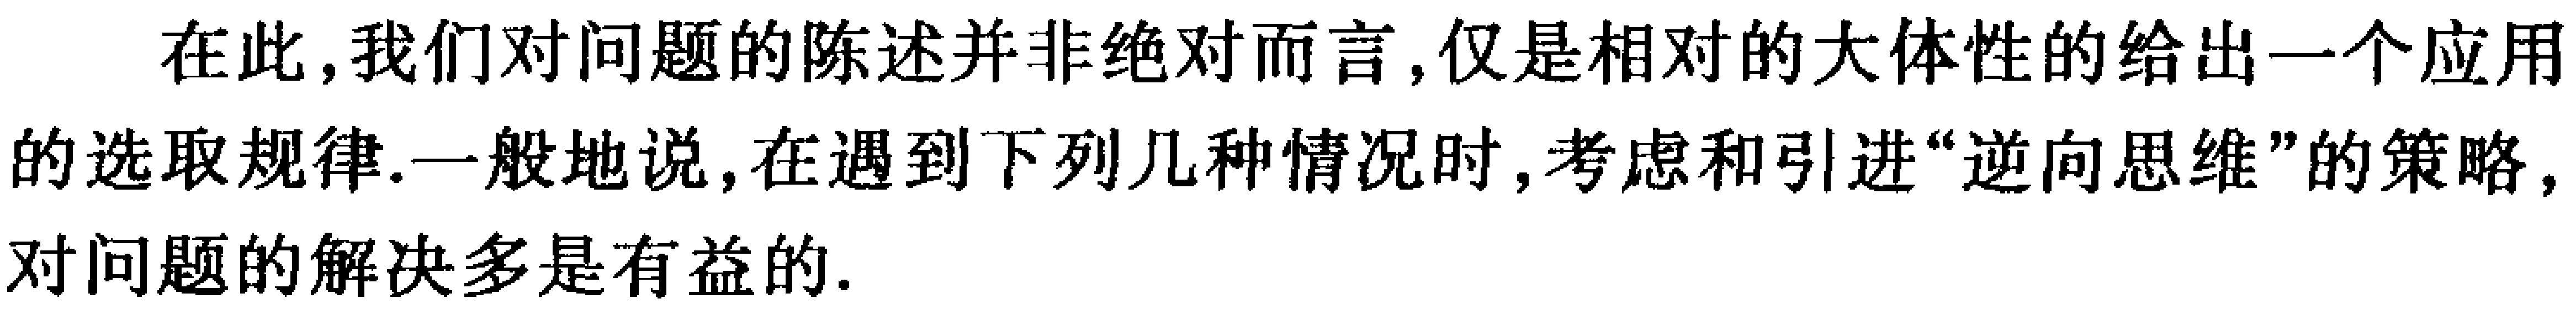
在此，我们对问题的陈述并非绝对而言, 仅是相对的大体性的给出一个应用的选取规律.一般地说, 在遇到下列几种情况时, 考虑和引进“逆向思维”的策略, 对问题的解决多是有益的.